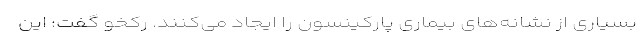
بسیاری از نشانه‌های بیماری پارکینسون را ایجاد می‌کنند. رکخو گفت: این